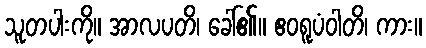
သူတပါးကို။ အာလပတိ၊ ခေါ်၏။ ဧဝရူပံဝါတိ၊ ကား။